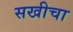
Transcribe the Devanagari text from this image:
सखीचा